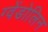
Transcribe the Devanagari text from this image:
ग्वेंडोलिन